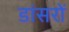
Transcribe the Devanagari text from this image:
डांसरों